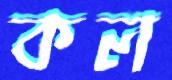
কল